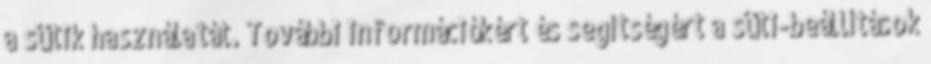
a sütik használatát. További információkért és segítségért a süti-beállítások